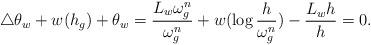
LaTeX: \begin{align*}\triangle \theta_{w} +w(h_g)+\theta_{w}=\frac{L_w\omega_g^n}{\omega_g^n}+w(\log\frac{h}{\omega_g^n})-\frac{L_w h}{h}=0.\end{align*}